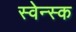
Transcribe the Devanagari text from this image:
स्वेन्स्क